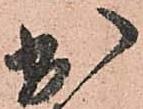
出